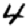
Digit: 4